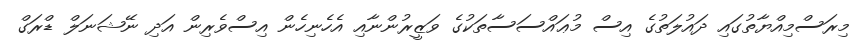
މިރަސްމިއްޔާތުގައި ދައުލަތުގެ އިސް މުޢައްސަސާތަކުގެ ވަޒީރުންނާއި އެހެނިހެން އިސްވެރިން އަދި ނޭޝަނަލް ޑްރަގް